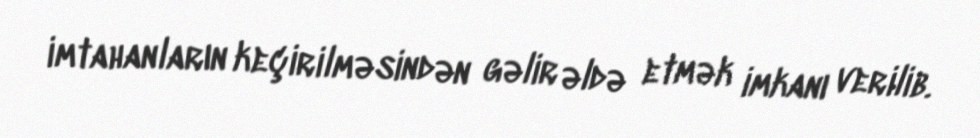
imtahanların keçirilməsindən gəlir əldə etmək imkanı verilib.